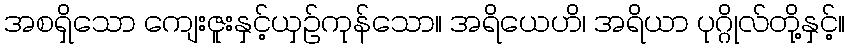
အစရှိသော ကျေးဇူးနှင့်ယှဉ်ကုန်သော။ အရိယေဟိ၊ အရိယာ ပုဂ္ဂိုလ်တို့နှင့်။